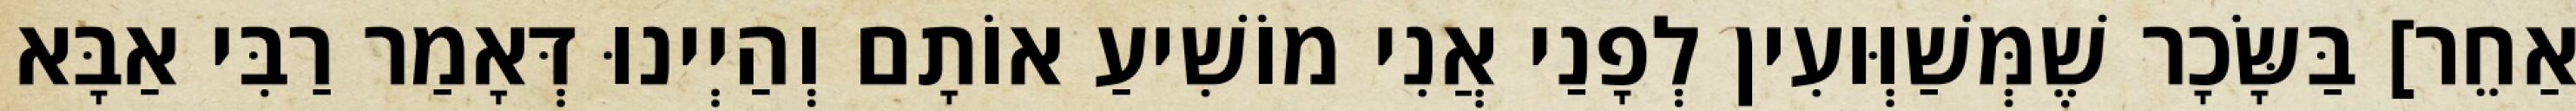
אַחֵר] בַּשָּׂכָר שֶׁמְּשַׁוְּועִין לְפָנַי אֲנִי מוֹשִׁיעַ אוֹתָם וְהַיְינוּ דְּאָמַר רַבִּי אַבָּא